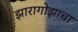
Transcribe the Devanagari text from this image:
झारागोझाचा